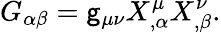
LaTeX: G_{\alpha\beta}=\mathsf{g}_{\mu\nu}X_{,\alpha}^{\mu}X_{,\beta}^{\nu}.